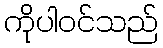
ကိုပါဝင်သည်